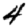
Digit: 4